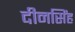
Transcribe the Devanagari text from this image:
दीनसिंह